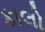
કાલો